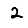
Digit: 2